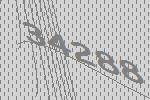
34288